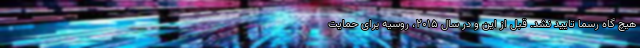
هیچ گاه رسما تایید نشد. قبل از این و در سال 2015، روسیه برای حمایت